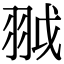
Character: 䎀